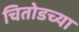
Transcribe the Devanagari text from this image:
चितोडच्या